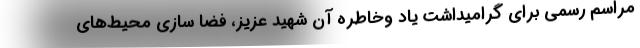
مراسم رسمی برای گرامیداشت یاد وخاطره آن شهید عزیز، فضا سازی محیط‌های